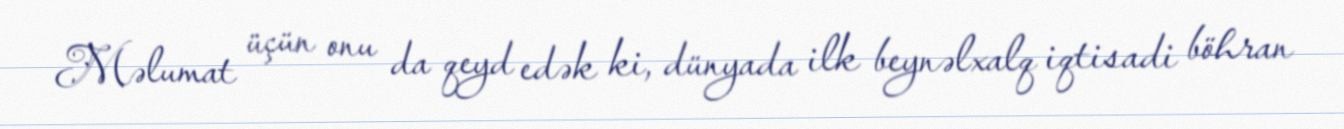
Məlumat üçün onu da qeyd edək ki, dünyada ilk beynəlxalq iqtisadi böhran